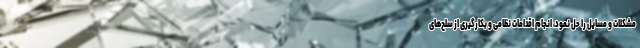
مشکلات و مسایل را حل نمود، انجام اقدامات نظامی و بکارگیری از سلح‌های